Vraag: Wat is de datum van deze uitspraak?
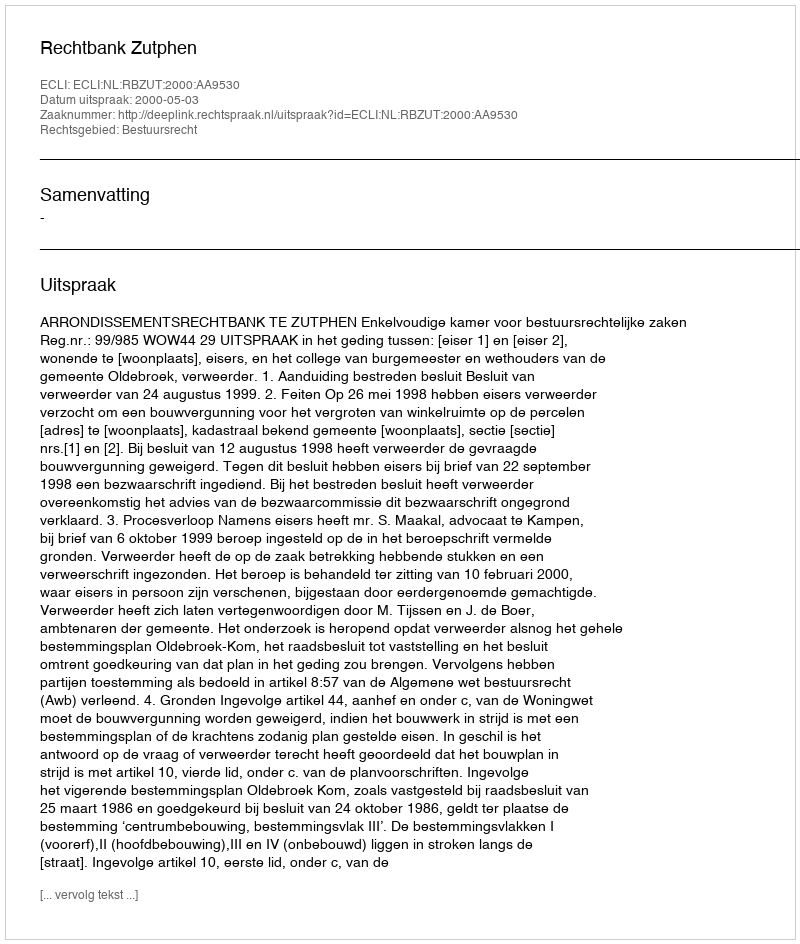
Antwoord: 2000-05-03